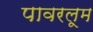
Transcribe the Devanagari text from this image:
पावरलूम